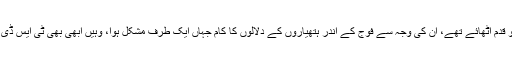
اس درمیان جنرل وی کے سنگھ ریٹائر ہو گئے، لیکن انہوں نے جو قدم اٹھائے تھے، ان کی وجہ سے فوج کے اندر ہتھیاروں کے دلالوں کا کام جہاں ایک طرف مشکل ہوا، وہیں ابھی بھی ٹی ایس ڈی کو لے کر پاکستان اور چین کے من میں زبردست ڈر بیٹھا ہوا تھا۔